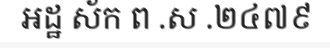
អដ្ឋ ស័ក ព .ស .២៤៧៩